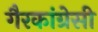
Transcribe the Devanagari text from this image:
गैरकांग्रेसी